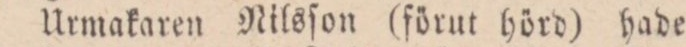
Urmakaren Nilsſon (förut hörd) hade